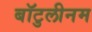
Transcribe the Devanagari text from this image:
बॉटुलीनम